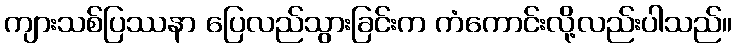
ကျားသစ်ပြဿနာ ပြေလည်သွားခြင်းက ကံကောင်းလို့လည်းပါသည်။